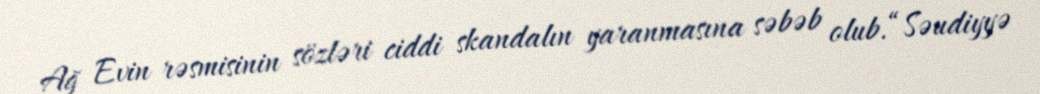
Ağ Evin rəsmisinin sözləri ciddi skandalın yaranmasına səbəb olub.“Səudiyyə